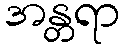
အန္တရာ